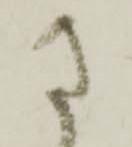
さ